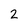
Character: 2